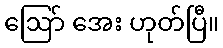
ဩော် အေး ဟုတ်ပြီ။